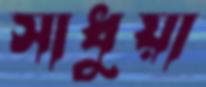
সাধুয়া